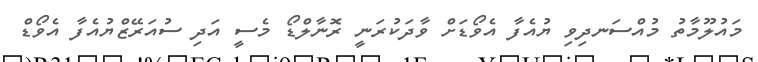
މައުލޫމާތު މުއްސަނދިވި ޔުއެފާ އެވޯޑަށް ވާދަކުރަނީ ރޮނާލްޑޯ މެސީ އަދި ސުއަރޭޒްޔުއެފާ އެވޯޑް